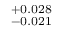
^ { + 0 . 0 2 8 } _ { - 0 . 0 2 1 }